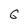
Character: 6